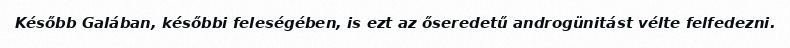
Később Galában, későbbi feleségében, is ezt az őseredetű androgünitást vélte felfedezni.